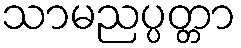
သာမညပ္ပတ္တာ